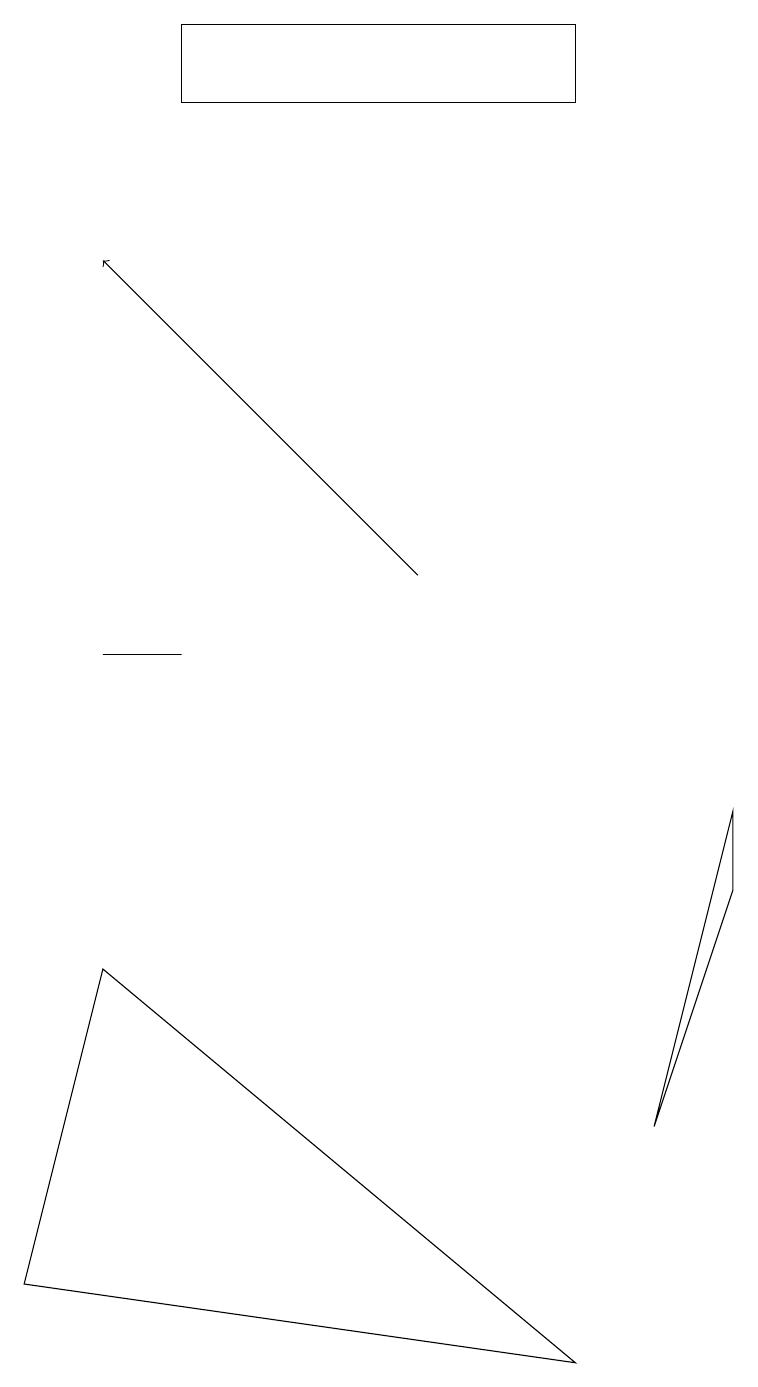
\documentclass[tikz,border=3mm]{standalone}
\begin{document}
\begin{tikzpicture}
\draw (1,7) -- (0,3) -- (7,2) -- cycle;
\draw[->] (5,12) -- (1,16);
\draw (2,19) rectangle (7,18);
\draw (2,11) rectangle (1,11);
\draw (9,8) -- (9,9) -- (8,5) -- cycle;
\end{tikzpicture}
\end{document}